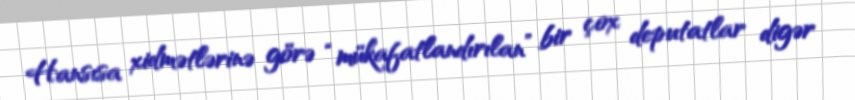
Hansısa xidmətlərinə görə “mükafatlandırılan” bir çox deputatlar digər